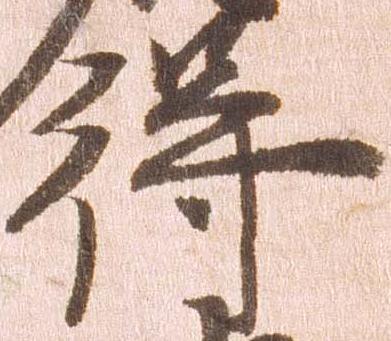
得